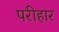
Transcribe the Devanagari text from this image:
परीहार